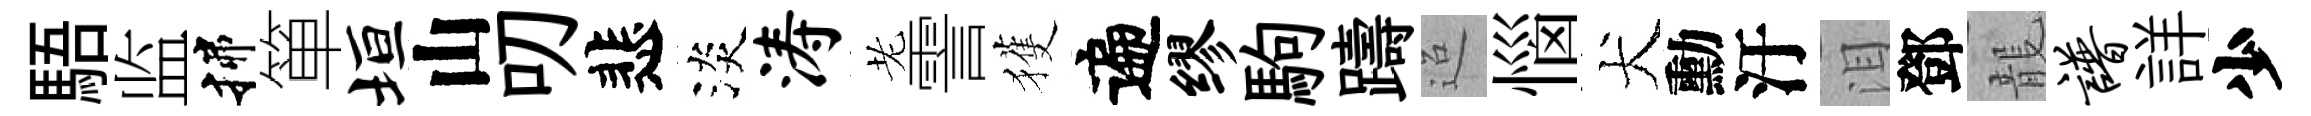
䮏监揲箪垣山叨悲淡涛老霅獲遍缪駒躊迢惱犬勳汙泪鄧龍谱詳少